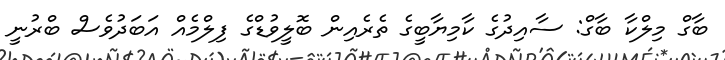
ބާގް މިލްކާ ބާގް: ސާއިދުގެ ކާމިޔާބީގެ ތެރެއިން ބޮލީވުޑްގެ ފިލްމެއް އަބަދުވެސް ބްރުނީ